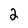
Character: 2